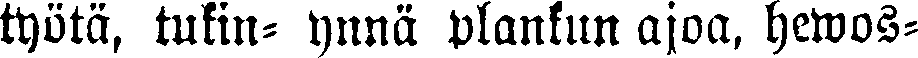
työtä, tukin- ynnä plankuin ajoa, hewos-